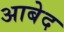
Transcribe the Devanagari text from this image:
अाबेद